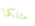
مثلكما